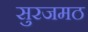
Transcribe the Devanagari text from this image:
सुरजमठ